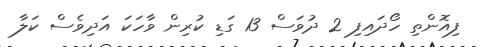
ފިއޮންތި ހޯދައިފި 2 ދުވަސް 13 ގަޑި ކުރިން ވާހަކަ އަދިވެސް ކަލާ